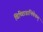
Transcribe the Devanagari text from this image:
विच्छिन्नाभिषेकम्